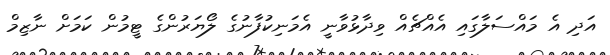
އަދި އެ މައްސަލާގައި އެއްޗެއް ވިދާޅުވާނީ އެމަނިކުފާނުގެ ލޯޔަރުންގެ ޓީމުން ކަމަށް ނާޒިމް